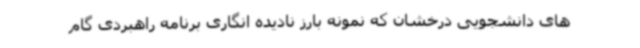
های دانشجویی درخشان که نمونه بارز نادیده انگاری برنامه راهبردی گام